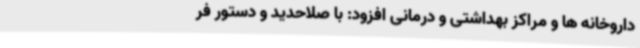
داروخانه ها و مراکز بهداشتی و درمانی افزود: با صلاحدید و دستور فر